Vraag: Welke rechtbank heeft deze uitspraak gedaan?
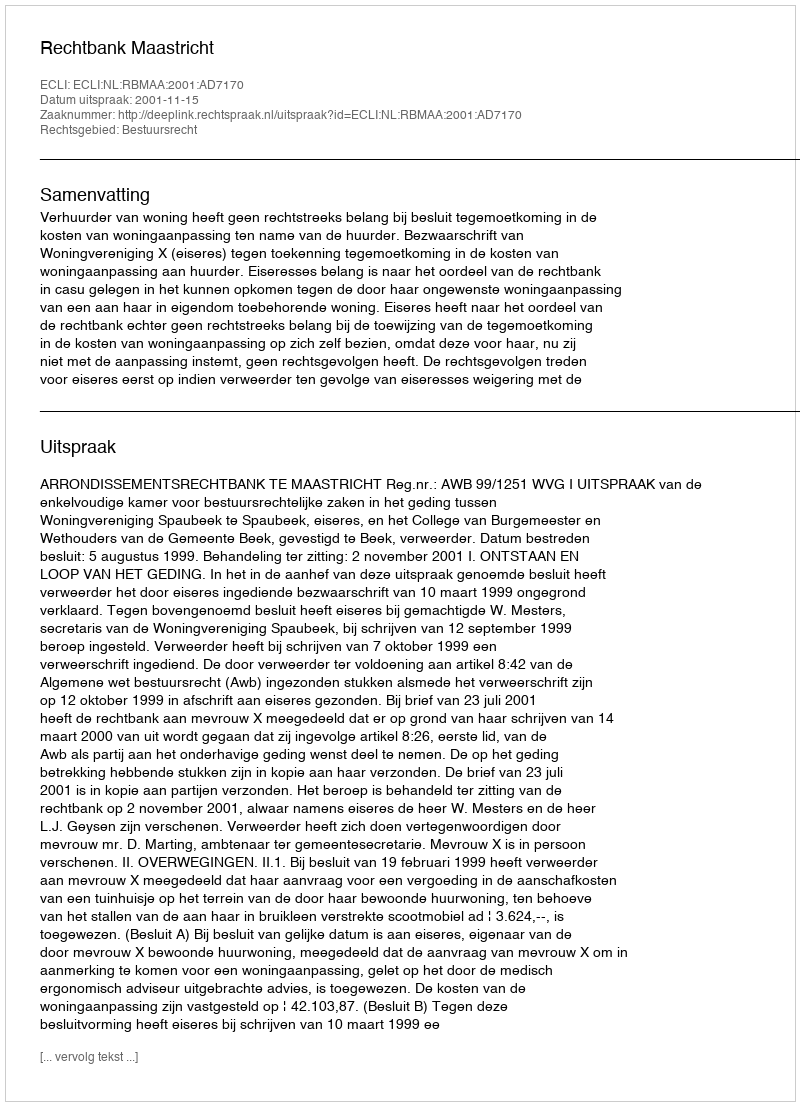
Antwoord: Rechtbank Maastricht